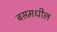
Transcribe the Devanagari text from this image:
बसमधील